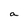
Character: a